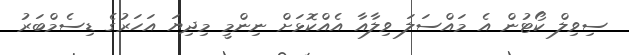
ސިވިލް ކޯޓުން އެ މައްސަލަ ވިލާއާ އެއްކޮޅަށް ނިންމީ މިދިޔަ އަހަރުގެ ޑިސެމްބަރު